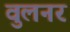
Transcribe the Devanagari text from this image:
वुलनर